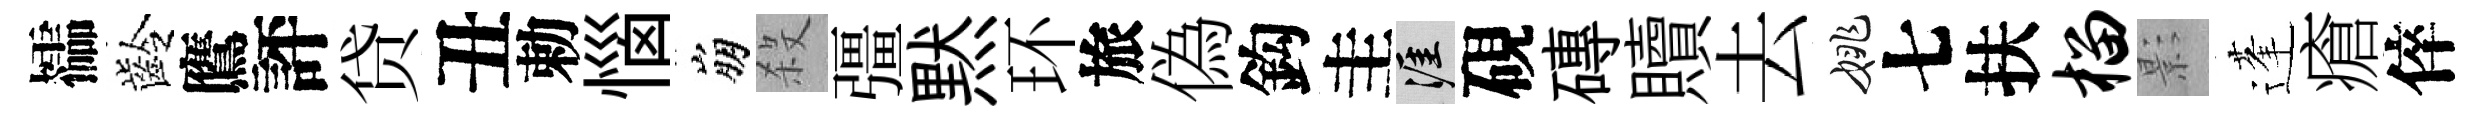
櫺齡鷹評贷丑勅惱崩殺彊黙环旅偽鈎圭涯硯磚贖去姚七扶榴影蓬瘡倅